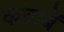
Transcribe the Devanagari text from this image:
कताबें